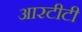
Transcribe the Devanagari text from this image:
आरटीटी